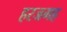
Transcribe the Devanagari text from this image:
हरजगह